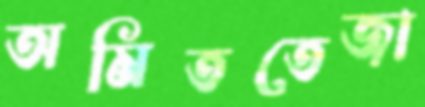
অমিততেজা